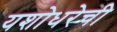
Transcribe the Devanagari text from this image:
यशोधरेची